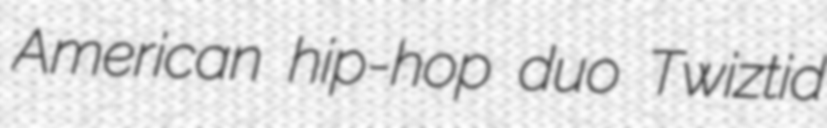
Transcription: American hip-hop duo Twiztid